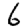
Digit: 6